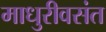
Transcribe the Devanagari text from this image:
माधुरीवसंत